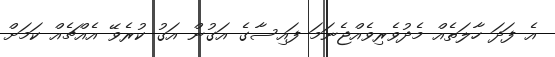
އެ ފަދަ ހާލަތެއް މެދުވެރިވެއްޖެނަމަ ފައިސާގެ އަގުން އަގު ކުރެވޭ އެއްޗެއް ކަމަށް